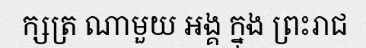
ក្សត្រ ណាមួយ អង្គ ក្នុង ព្រះរាជ